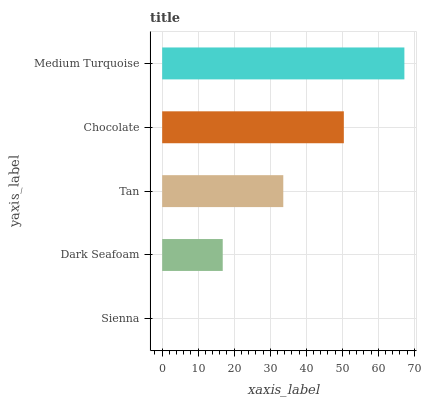
| yaxis_label | bars |
 | --- | --- |
 | Sienna | 0 |
 | Dark Seafoam | 16.8 |
 | Tan | 33.6 |
 | Chocolate | 50.5 |
 | Medium Turquoise | 67.3 |